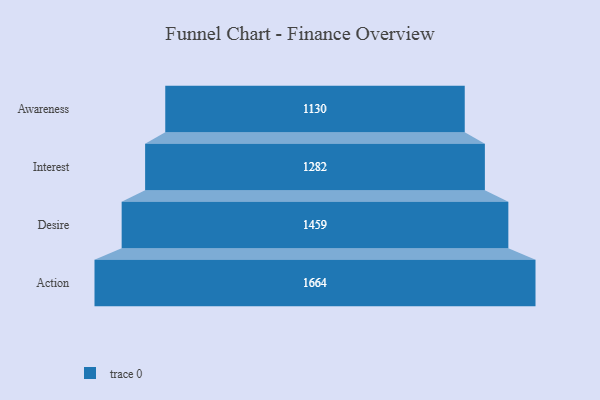
{"axis": {"x": "Stage", "y": "Value"}, "legend": [""], "data": [{"x": "Awareness", "y": 1130.0, "type": ""}, {"x": "Interest", "y": 1282.0, "type": ""}, {"x": "Desire", "y": 1459.0, "type": ""}, {"x": "Action", "y": 1664.0, "type": ""}]}